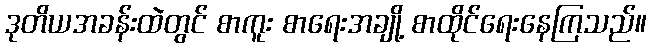
ဒုတိယအခန်းထဲတွင် စာကူး စာရေးအချို့ စာထိုင်ရေးနေကြသည်။